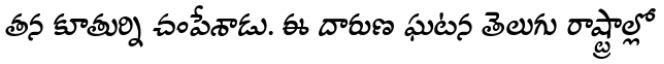
తన కూతుర్ని చంపేశాడు. ఈ దారుణ ఘటన తెలుగు రాష్ట్రాల్లో